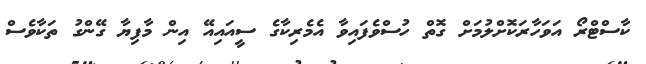
ކާސްޓްރޯ އަވަހާރަކޮށްލުމަށް ގޮތް ހުސްވެފައިވާ އެމެރިކާގެ ސީއައިއޭ އިން މާފިޔާ ގޭންގު ތަކާވެސް